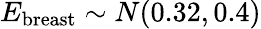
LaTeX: E_{\mathrm{breast}}\sim N(0.32,0.4)